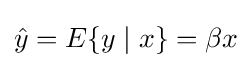
{\hat {y}}=E\{y\mid x\}=\beta x